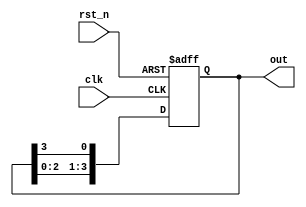
module ring_counter #(
    parameter N = 4 // Number of stages (flip-flops)
) (
    input wire clk,         // Clock input
    input wire rst_n,       // Asynchronous active-low reset
    output reg [N-1:0] out  // Output representing the current state
);

// Internal signals for the flip-flops
reg [N-1:0] next_state;

// Sequential logic: Update the state on the rising edge of the clock
always @(posedge clk or negedge rst_n) begin
    if (!rst_n) begin
        out <= 1'b1; // Initialize to a single '1' in the first flip-flop
    end else begin
        out <= next_state; // Update the output state
    end
end

// Combinational logic: Determine the next state
always @(*) begin
    next_state = {out[N-2:0], out[N-1]}; // Shift left and wrap around
end

endmodule